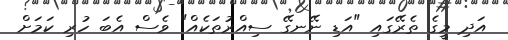
އަދި މީގެ ތެރޭގައި "އަޑި ނޭނގޭ ސިއްރުތަކެއް" ވެސް އެބަ ހުރި ކަމަށް